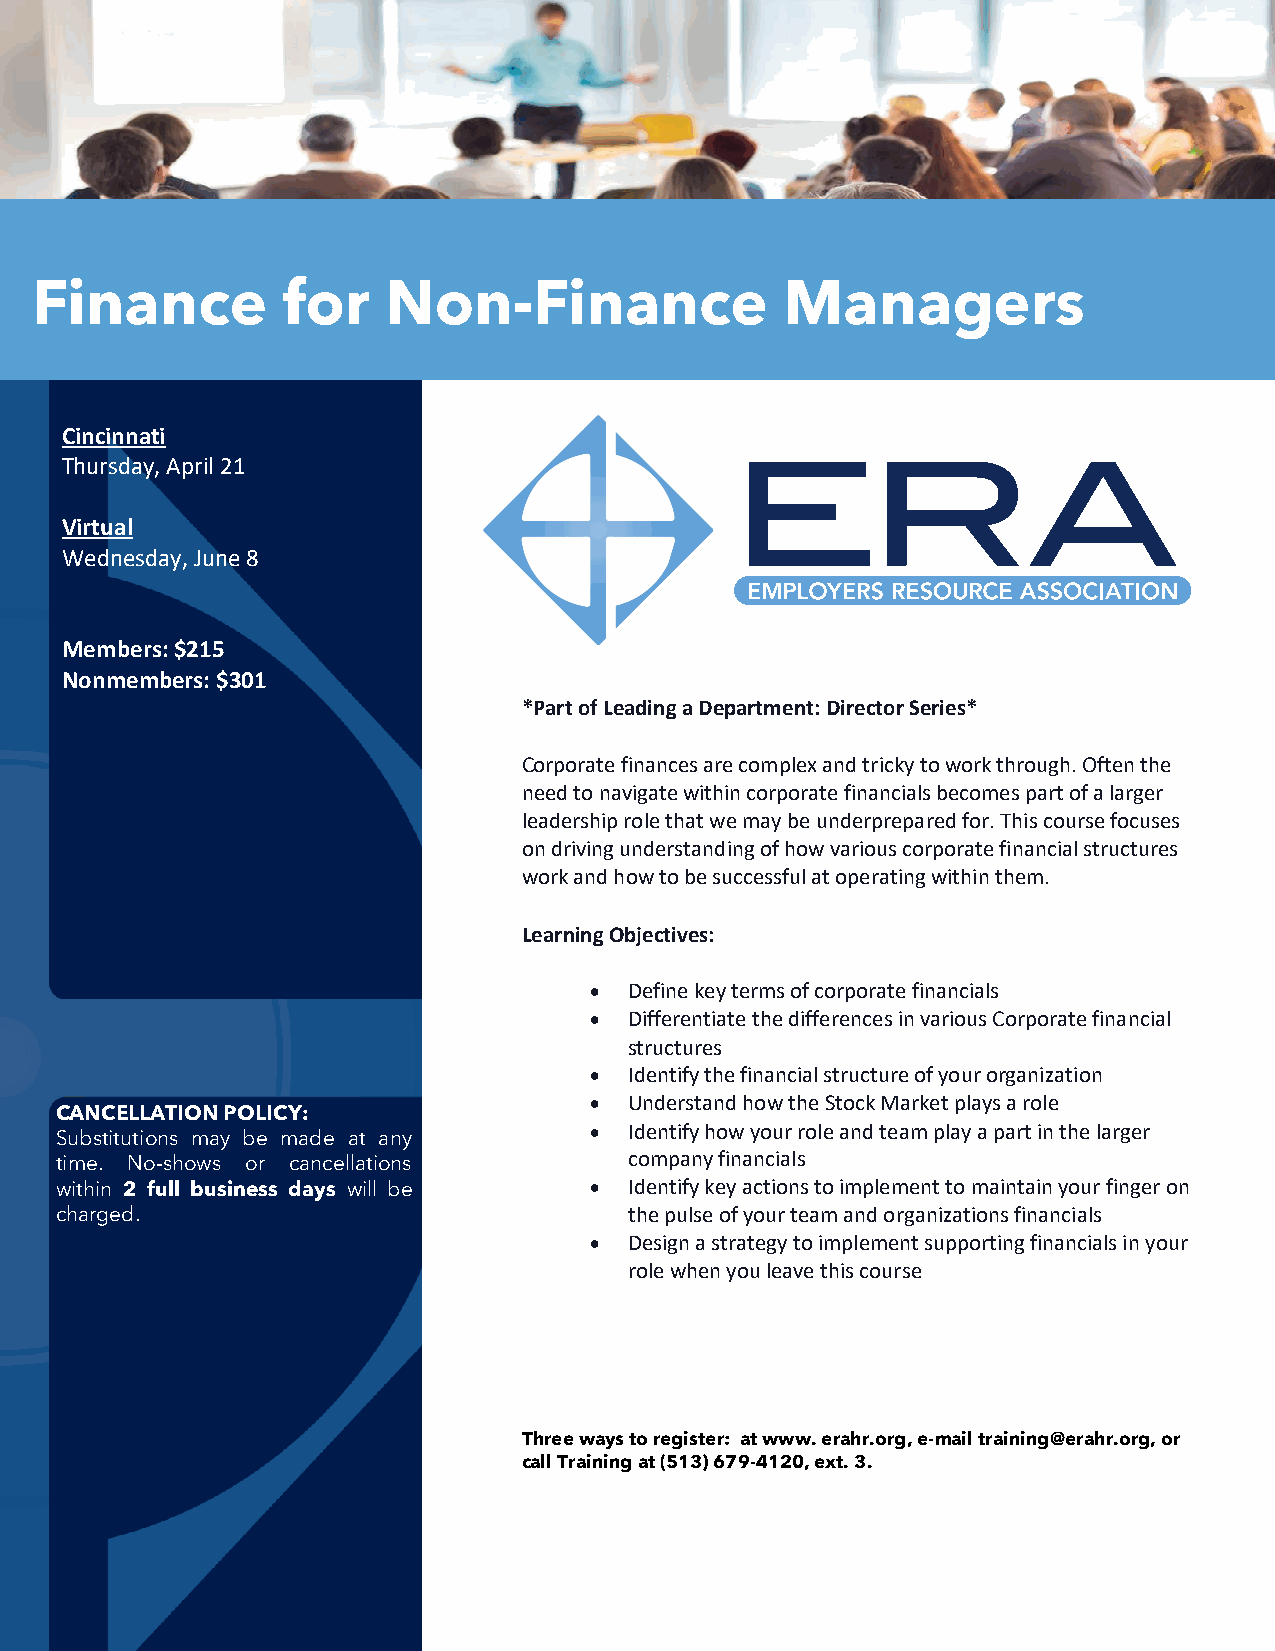
Finance          for    Non-Finance               Managers
 Cincinnati
 Thursday, April 21
 Virtual
 Wednesday, June 8
 Members: $215
 Nonmembers: $301
 *Part of Leading a Department: Director Series*
 Corporate finances are complex and tricky to work through. Often the
 need to navigate within corporate financials becomes part of a larger
 leadership role that we may be underprepared for. This course focuses
 on driving understanding of how various corporate financial structures
 work and how to be successful at operating within them.
 Learning Objectives:
 •  Define key terms of corporate financials
 •  Differentiate the differences in various Corporate financial
 structures
 •  Identify the financial structure of your organization
 •  Understand how the Stock Market plays a role
 CANCELLATION POLICY:
 •  Identify how your role and team play a part in the larger
 Substitutions may be made at any
 time. No-shows or cancellations       company financials
 within 2 full business days will be • Identify key actions to implement to maintain your finger on
 charged.                              the pulse of your team and organizations financials
 •  Design a strategy to implement supporting financials in your
 role when you leave this course
 Three ways to register: at www. erahr.org, e-mail training@erahr.org, or
 call Training at (513) 679-4120, ext. 3.